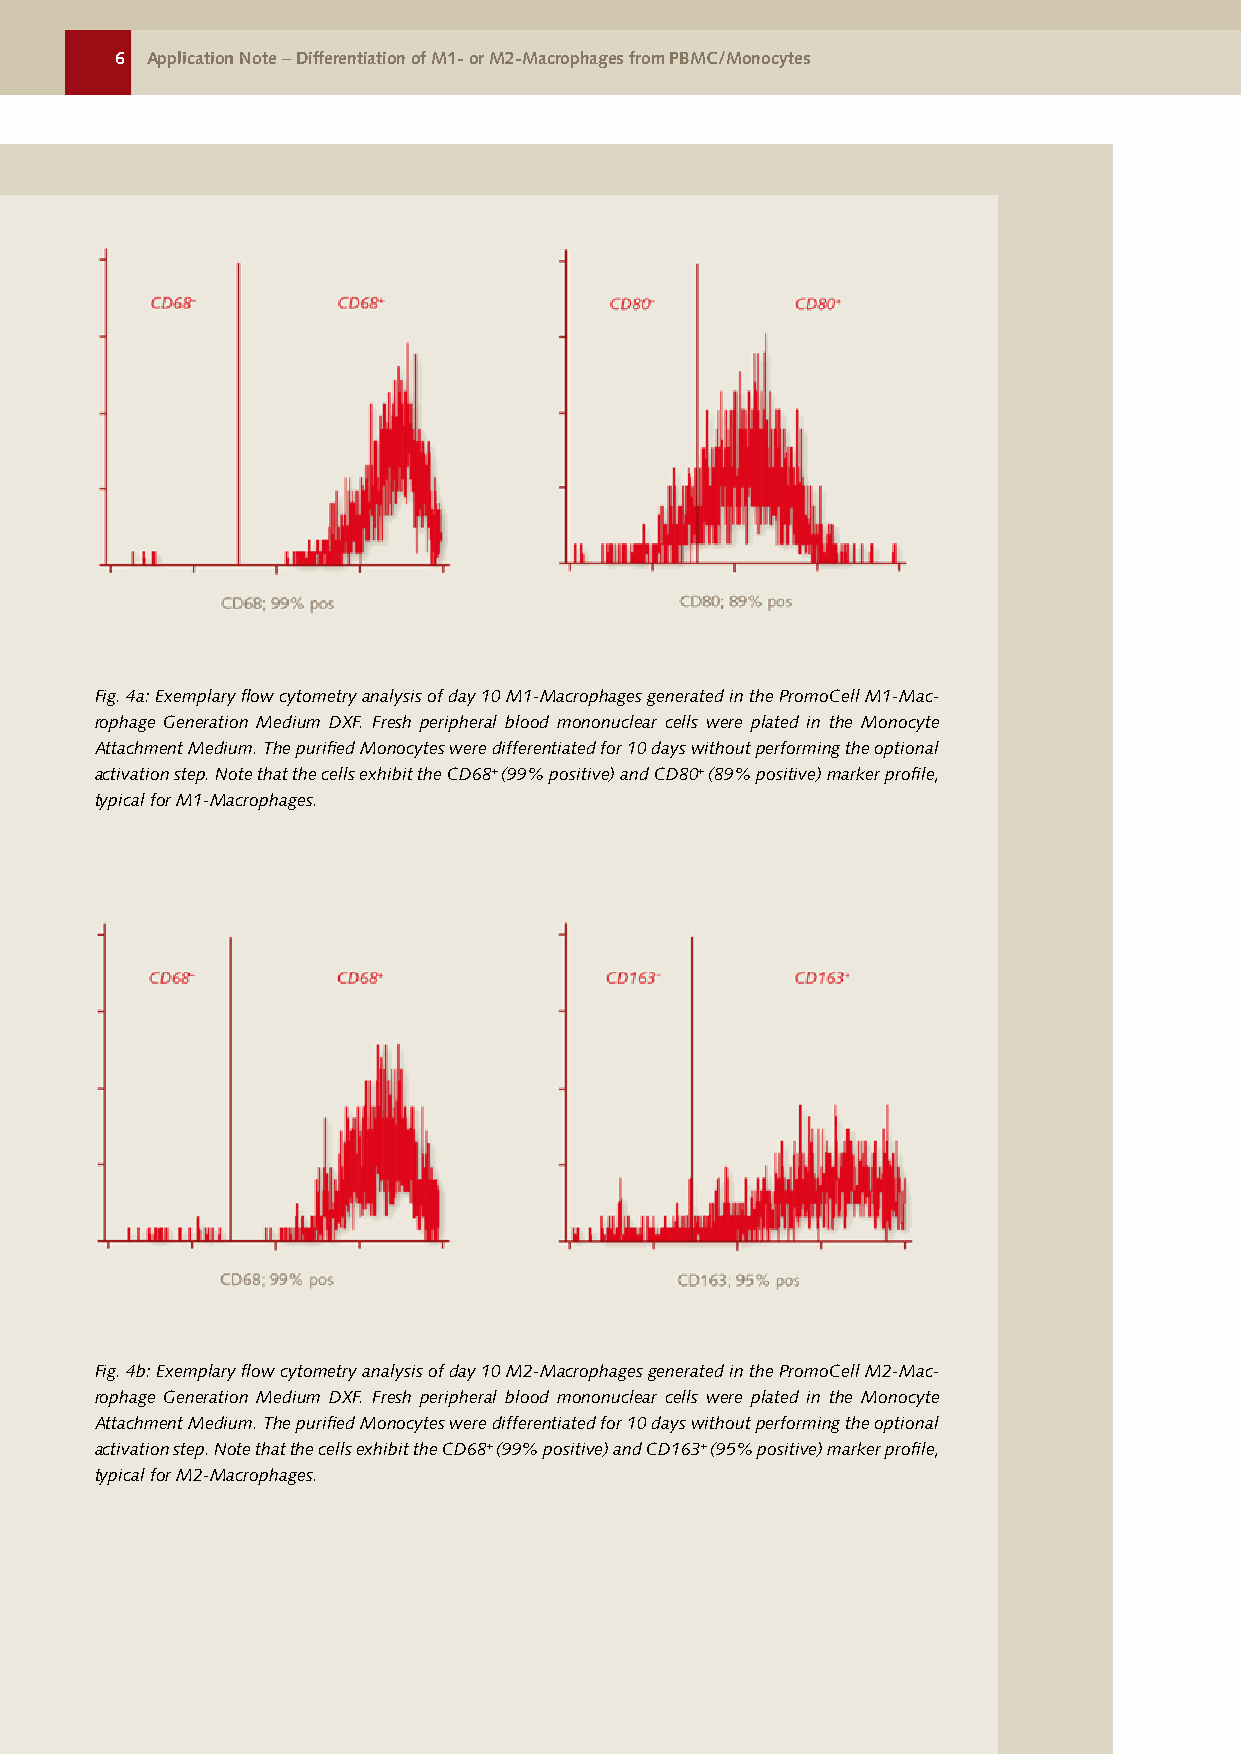
6 Application Note – Differentiation of M1- or M2-Macrophages from PBMC/Monocytes
 .
 Fig. 4a: Exemplary flow cytometry analysis of day 10 M1-Macrophages generated in the PromoCell M1-Mac-
 rophage Generation Medium DXF. Fresh peripheral blood mononuclear cells were plated in the Monocyte
 Attachment Medium. The purified Monocytes were differentiated for 10 days without performing the optional
 activation step. Note that the cells exhibit the CD68+ (99% positive) and CD80+ (89% positive) marker profile,
 typical for M1-Macrophages.
 Fig. 4b: Exemplary flow cytometry analysis of day 10 M2-Macrophages generated in the PromoCell M2-Mac-
 rophage Generation Medium DXF. Fresh peripheral blood mononuclear cells were plated in the Monocyte
 Attachment Medium. The purified Monocytes were differentiated for 10 days without performing the optional
 activation step. Note that the cells exhibit the CD68+ (99% positive) and CD163+ (95% positive) marker profile,
 typical for M2-Macrophages.